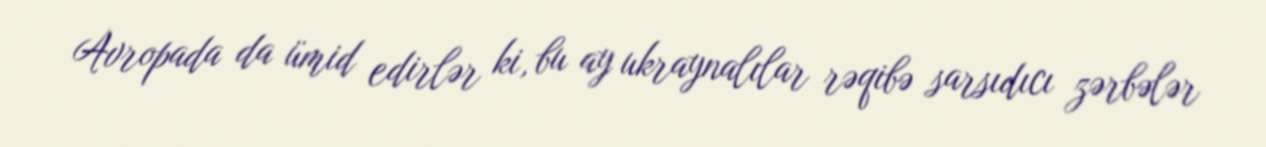
Avropada da ümid edirlər ki, bu ay ukraynalılar rəqibə sarsıdıcı zərbələr